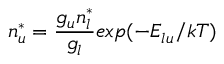
n _ { u } ^ { * } = { \frac { g _ { u } n _ { l } ^ { * } } { g _ { l } } } e x p { ( - E _ { l u } / k T ) }